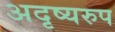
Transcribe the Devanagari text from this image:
अदृष्यरुप